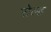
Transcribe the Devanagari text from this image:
सेल्‍ह